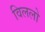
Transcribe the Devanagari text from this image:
विललो